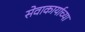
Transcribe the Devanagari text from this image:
सेवाकार्याच्या